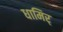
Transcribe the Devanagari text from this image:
धामिर्